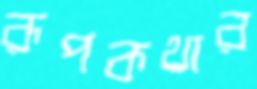
রূপকথার